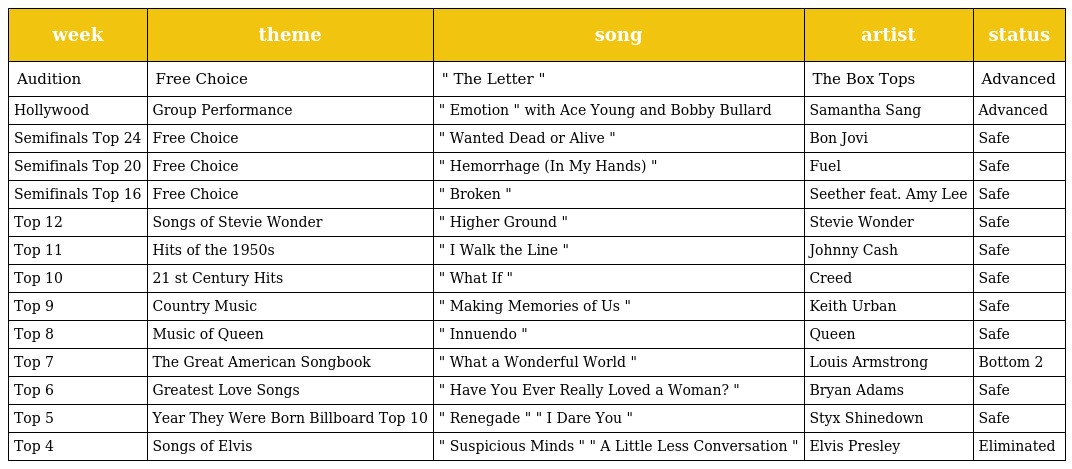
| week | theme | song | artist | status |
 | --- | --- | --- | --- | --- |
 | Audition | Free Choice | " The Letter " | The Box Tops | Advanced |
 | Hollywood | Group Performance | " Emotion " with Ace Young and Bobby Bullard | Samantha Sang | Advanced |
 | Semifinals Top 24 | Free Choice | " Wanted Dead or Alive " | Bon Jovi | Safe |
 | Semifinals Top 20 | Free Choice | " Hemorrhage (In My Hands) " | Fuel | Safe |
 | Semifinals Top 16 | Free Choice | " Broken " | Seether feat. Amy Lee | Safe |
 | Top 12 | Songs of Stevie Wonder | " Higher Ground " | Stevie Wonder | Safe |
 | Top 11 | Hits of the 1950s | " I Walk the Line " | Johnny Cash | Safe |
 | Top 10 | 21 st Century Hits | " What If " | Creed | Safe |
 | Top 9 | Country Music | " Making Memories of Us " | Keith Urban | Safe |
 | Top 8 | Music of Queen | " Innuendo " | Queen | Safe |
 | Top 7 | The Great American Songbook | " What a Wonderful World " | Louis Armstrong | Bottom 2 |
 | Top 6 | Greatest Love Songs | " Have You Ever Really Loved a Woman? " | Bryan Adams | Safe |
 | Top 5 | Year They Were Born Billboard Top 10 | " Renegade " " I Dare You " | Styx Shinedown | Safe |
 | Top 4 | Songs of Elvis | " Suspicious Minds " " A Little Less Conversation " | Elvis Presley | Eliminated |